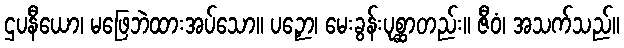
ဌပနီယော၊ မဖြေဘဲထားအပ်သော။ ပဉှော၊ မေးခွန်းပုစ္ဆာတည်း။ ဇီဝံ၊ အသက်သည်။